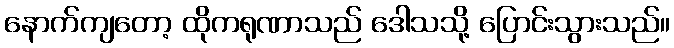
နောက်ကျတော့ ထိုကရုဏာသည် ဒေါသသို့ ပြောင်းသွားသည်။